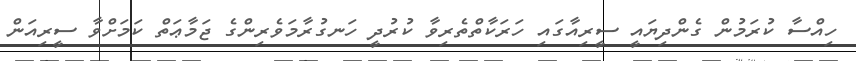
ހިއްސާ ކުރަމުން ގެންދިޔައީ ސީރިއާގައި ހަރަކާތްތެރިވާ ކުރުދީ ހަނގުރާމަވެރިންގެ ޖަމާޢަތް ކަމަށްވާ ސީރިއަން